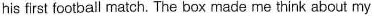
his first football match. The box made me think about my